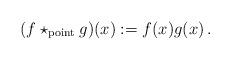
LaTeX: \begin{align*}(f \star_{\rm point} g) (x) := f (x) g (x)\,.\end{align*}